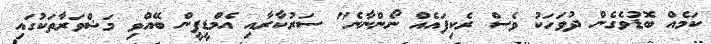
ކަމެއް ބޮޑުވެގެން ދުވަހަކު ވެސް ރެކިފައެއް ނޯންނާނެ" ސަރުކާރާއި އެމްޑީޕީން ބޭއްވި މަޝްވަރާތަކުގައި